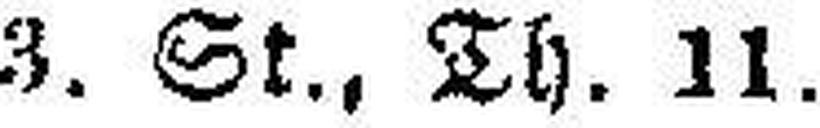
3. St., Th. 11.